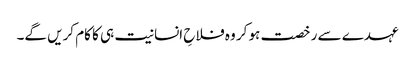
عہدے سے رخصت ہو کر وہ فلاحِ انسانیت ہی کا کام کریں گے۔